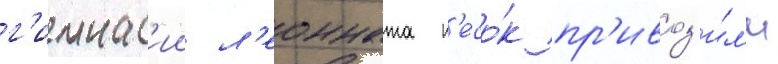
г'имнас'ии л'еонната п'есо́к пр'ивоз'и́л'и